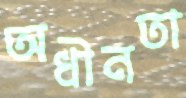
অধীনতা